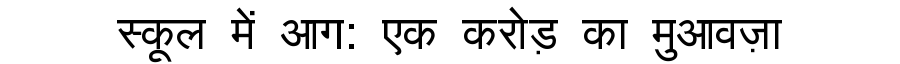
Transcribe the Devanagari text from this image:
स्कूल में आग: एक करोड़ का मुआवज़ा